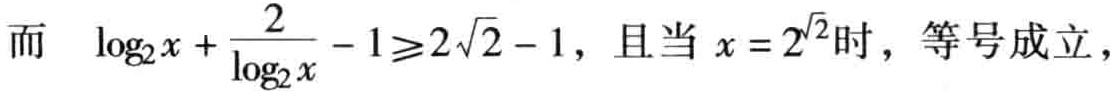
而 $\log_{2}x+\frac{2}{\log_{2}x}-1\geqslant 2\sqrt{2}-1$，且当 $x = 2^{\sqrt{2}}$时，等号成立，